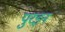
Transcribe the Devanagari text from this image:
पुरइन